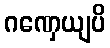
ဂဏှေယျပိ